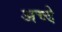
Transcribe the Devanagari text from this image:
अच्दे